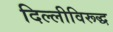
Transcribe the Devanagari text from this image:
दिल्लीविरूद्ध